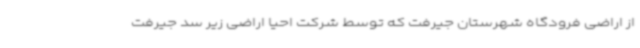
از اراضی فرودگاه شهرستان جیرفت که توسط شرکت احیا اراضی زیر سد جیرفت